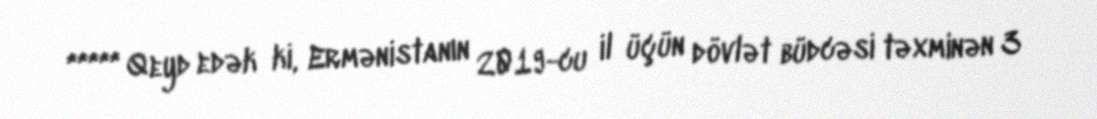
***** Qeyd edək ki, Ermənistanın 2019-cu il üçün dövlət büdcəsi təxminən 3